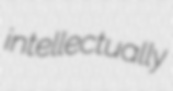
intellectually